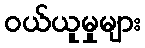
ဝယ်ယူမှုများ